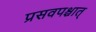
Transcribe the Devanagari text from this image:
प्रसवपश्चात्